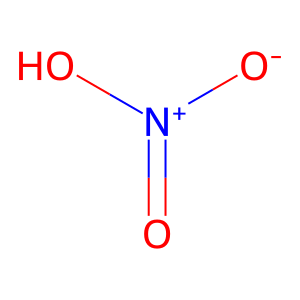
SMILES: O=[N+]([O-])O
Inhibits HIV replication: No